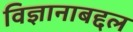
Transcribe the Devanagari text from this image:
विज्ञानाबद्दल